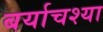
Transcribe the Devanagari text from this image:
बर्याचश्या